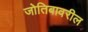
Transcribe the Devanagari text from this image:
जोतिबावरील